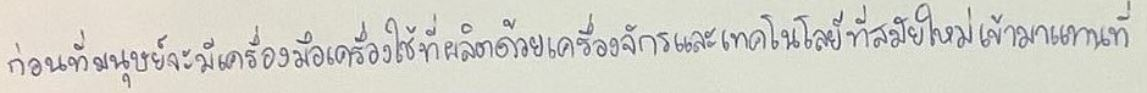
ก่อนที่มนุษย์จะมีเครื่องมือเครื่องใช้ที่ผลิตด้วยเครื่องจักรและเทคโนโลยีที่สมัยใหม่เข้ามาแทนที่